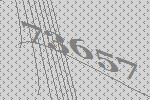
73657